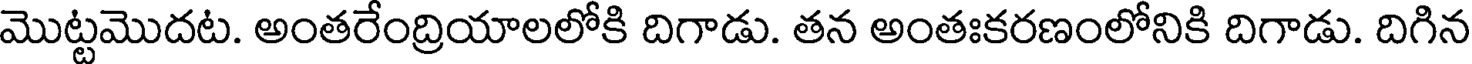
మొట్టమొదట. అంతరేంద్రియాలలోకి దిగాడు. తన అంతఃకరణంలోనికి దిగాడు. దిగిన